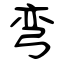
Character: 弯